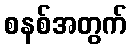
စနစ်အတွက်